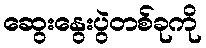
ဆွေးနွေးပွဲတစ်ခုကို